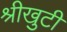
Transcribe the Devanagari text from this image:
श्रीखुटी